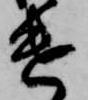
遣